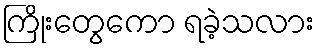
ကြိုးတွေကော ရခဲ့သလား